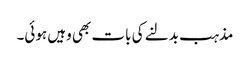
مذہب بدلنے کی بات بھی وہیں ہوئی۔